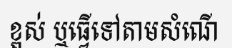
ខ្ពស់ ឬធ្វើទៅតាមសំណើ